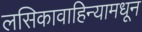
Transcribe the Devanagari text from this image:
लसिकावाहिन्यामधून